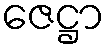
ဇေဋ္ဌာ